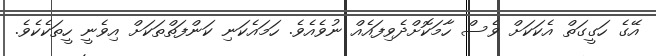
އޭގެ ހަގީގަތް އެކަކަށް ވެސް ހާމަކޮށްދެވިފައެއް ނުވެއެވެ. ހަމައެކަނި ކަންފަތްތަކަށް އިވެނީ ހީތަކެކެވެ.